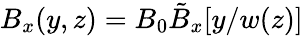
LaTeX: B_{x}(y,z)=B_{0}\tilde{B}_{x}[y/w(z)]